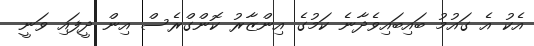
އެކު އެ ގައުމު ބައިބައިވެދާނެ ކަމުގެ އިންޒާރު ކޮންގްރެސް އިން ދީފައި ވަނީ